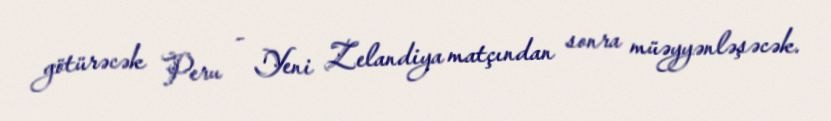
götürəcək Peru - Yeni Zelandiya matçından sonra müəyyənləşəcək.